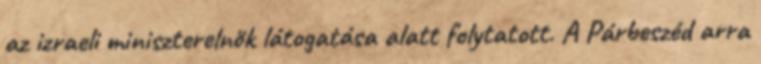
az izraeli miniszterelnök látogatása alatt folytatott. A Párbeszéd arra